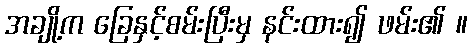
အချို့က ခြေနှင့်စမ်းပြီးမှ နင်းထား၍ ဖမ်း၏ ။